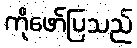
ကိုဖော်ပြသည်